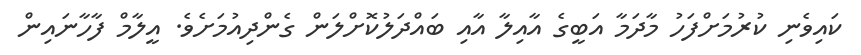
ކައިވެނި ކުރުމަށްފަހު މާދަމާ އަބީގެ އާއިލާ އާއި ބައްދަލުކޮށްލަން ގެންދިއުމަށެވެ. އީލާމް ފާހާނައިން